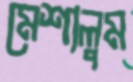
মেশালুম